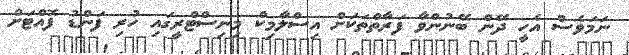
ނަމަވެސް އެހީ ދޭން ބޭނުންވާ ފަރާތްތަކަށް އިސްލާމިކް މިނިސްޓްރީގައި ހުރި ފަންޑު ފޮއްޓަށް